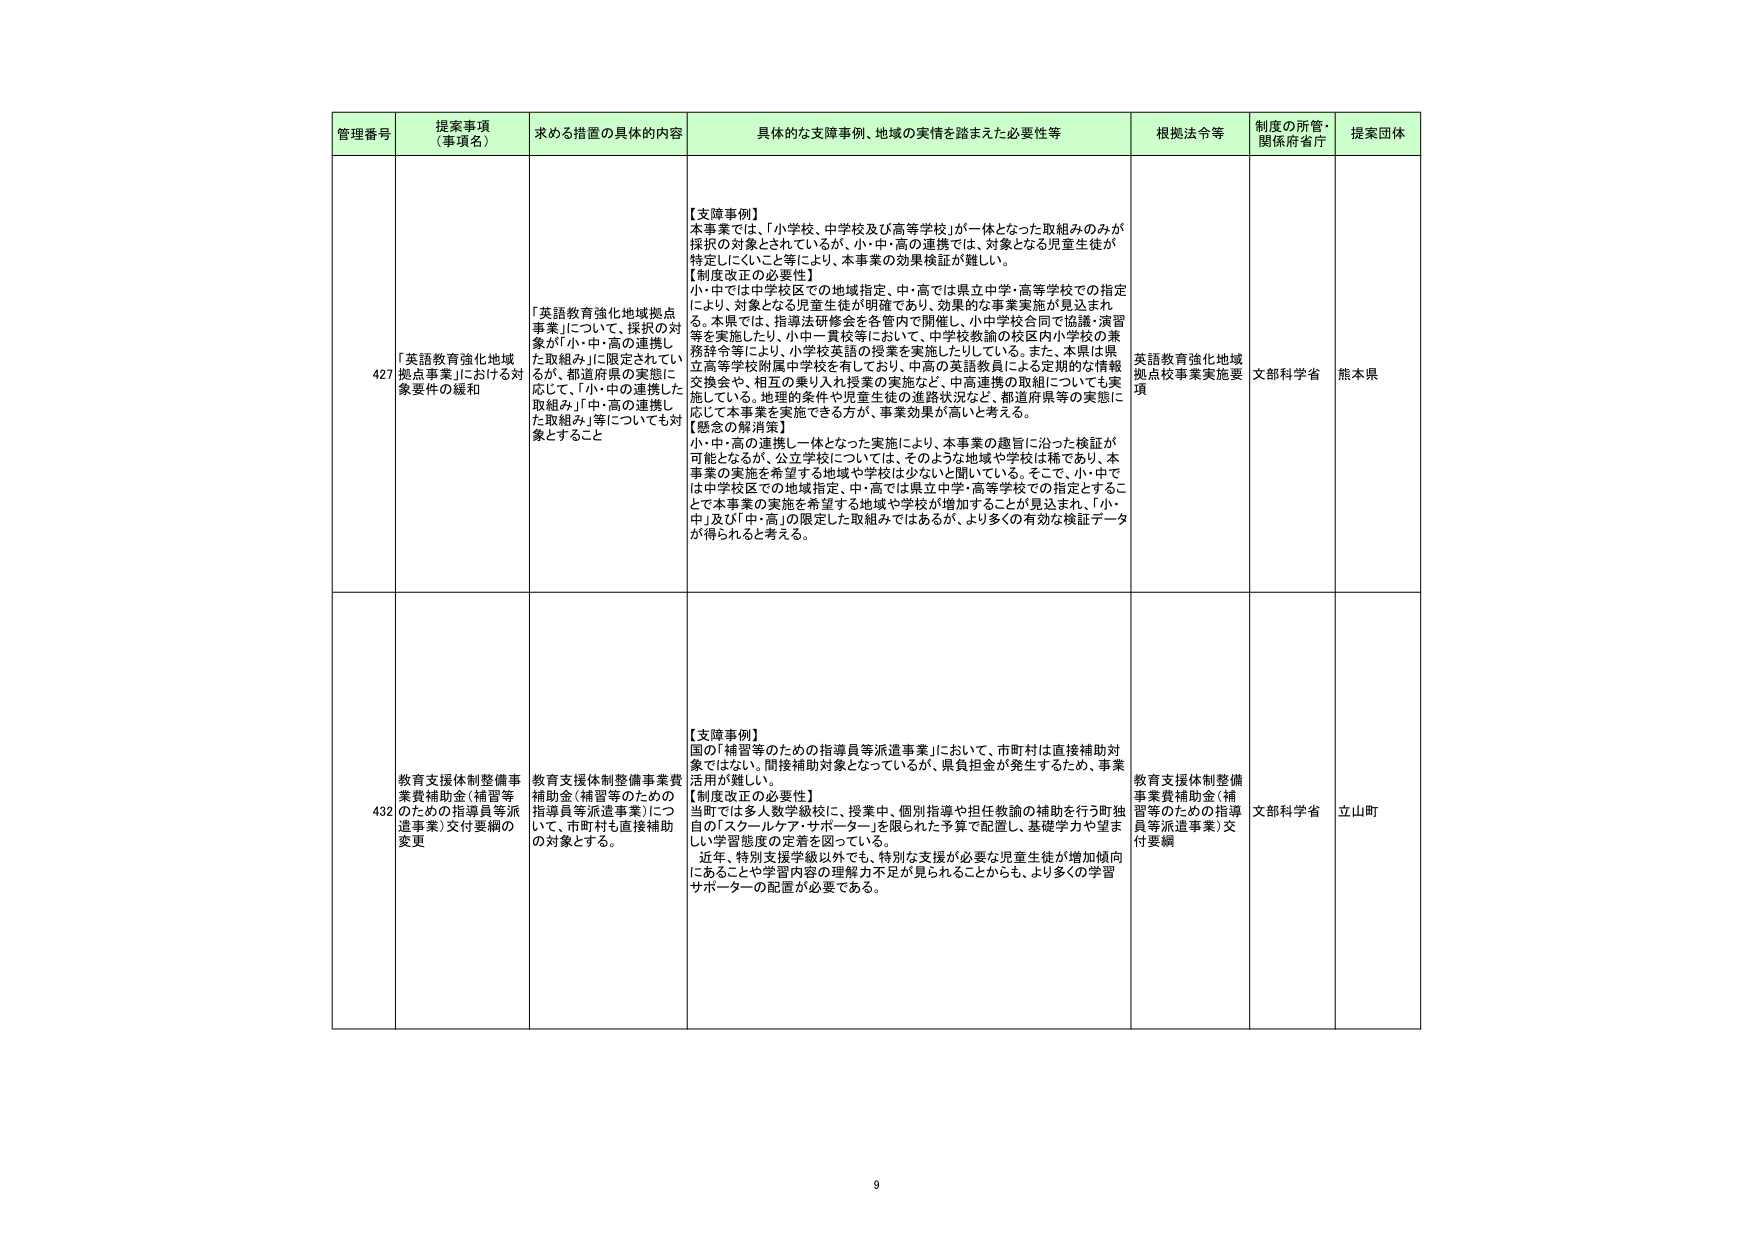
管理番号 提案事項（事項名） 求める措置の具体的内容 具体的な支障事例、地域の実情を踏まえた必要性等 根拠法令等 制度の所管・関係府省庁 提案団体

427 「英語教育強化地域拠点校事業」における対象要件の緩和 「英語教育強化地域拠点校事業」について、採択の対象が「小・中・高の連携した取組み」に限定されているが、都道府県の実態に応じて、「小・中の連携した取組み」「中・高の連携した取組み」等についても対象とすること 【支障事例】 本事業では、「小学校、中学校及び高等学校」が一体となった取組みのみが採択の対象とされているが、小・中・高の連携では、対象となる児童生徒が特定しにくいこと等により、本事業の効果検証が難しい。 【制度改正の必要性】 小・中では中学校区での地域指定、中・高では県立中学・高等学校での指定により、対象となる児童生徒が明確であり、効果的な事業実施が見込まれる。本県では、指導法研修会を各管内にて開催し、小中学校合同で協議・演習等を実施したり、小中一貫校等において、中学校教諭の校区内小学校の業務辞令等により、小学校英語の授業を実施したりしている。また、本県は県立高等学校附属中学校を有しており、中高の英語教員による定期的な情報交換会や、相互の乗り入れ授業の実施など、中高連携の取組についても実施している。地理的条件や児童生徒の進路状況など、都道府県等の実態に応じて本事業を実施できる方が、事業効果が高いと考える。 【懸念の解消策】 小・中・高の連携一体となった実施により、本事業の趣旨に沿った検証が可能となるが、公立学校については、そのような地域や学校は稀であり、本事業の実施を希望する地域や学校は少ないと思いている。そこで、小・中では中学校区での地域指定、中・高では県立中学・高等学校での指定とすることで本事業の実施を希望する地域や学校が増加することが見込まれ、「小・中」及び「中・高」の限定した取組みではあるが、より多くの有効な検証データが得られると考える。 英語教育強化地域拠点校事業実施要項 文部科学省 熊本県

432 教育支援体制整備事業費補助金（補習等のための指導員等派遣事業）交付要綱の変更 教育支援体制整備事業費補助金（補習等のための指導員等派遣事業）について、市町村も直接補助の対象とする。 【支障事例】 国の「補習等のための指導員等派遣事業」において、市町村は直接補助対象ではない。間接補助対象となっているが、県負担金が発生するため、事業活用が難しい。 【制度改正の必要性】 当町では多人数学級校に、授業中、個別指導や担任教諭の補助を行う町独自の「スクールケア・サポーター」を限られた予算で配置し、基礎学力や望ましい学習態度の定着を図っている。 近年、特別支援学級以外でも、特別な支援が必要な児童生徒が増加傾向にあることや学習内容の理解力不足が見られることからも、より多くの学習サポーターの配置が必要である。 教育支援体制整備事業費補助金（補習等のための指導員等派遣事業）交付要綱 文部科学省 立山町

9